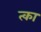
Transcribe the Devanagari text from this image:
त्का